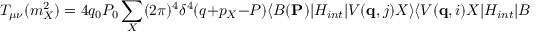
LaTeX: T _ { \mu \nu } ( m _ { X } ^ { 2 } ) = 4 q _ { 0 } P _ { 0 } \sum _ { X } ( 2 \pi ) ^ { 4 } \delta ^ { 4 } ( q + p _ { X } - P ) \langle B ( { \bf P } ) | H _ { i n t } | V ( { \bf q } , j ) X \rangle \langle V ( { \bf q } , i ) X | H _ { i n t } | B ( { \bf P } ) \rangle .